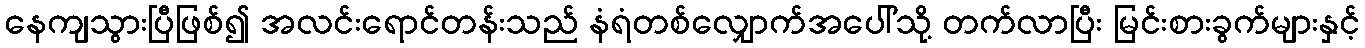
နေကျသွားပြီဖြစ်၍ အလင်းရောင်တန်းသည် နံရံတစ်လျှောက်အပေါ်သို့ တက်လာပြီး မြင်းစားခွက်များနှင့်